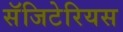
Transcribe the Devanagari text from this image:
सॅजिटेरियस